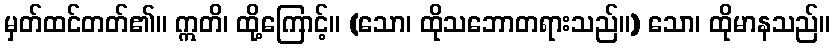
မှတ်ထင်တတ်၏။ ဣတိ၊ ထို့ကြောင့်။ (သော၊ ထိုသဘောတရားသည်။) သော၊ ထိုမာနသည်။